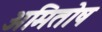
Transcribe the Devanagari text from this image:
अमितोष